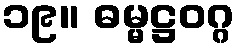
၁၉။ ဓမ္မဋ္ဌဝဂ္ဂ